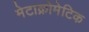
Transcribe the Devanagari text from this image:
मेटाक्रोमेटिक